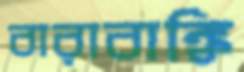
বারাবাঙ্কি